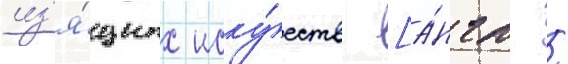
из'я́щных иску́сств [а́нгл. /